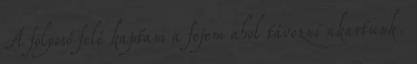
A folyosó felé kaptam a fejem ahol távozni akartunk.